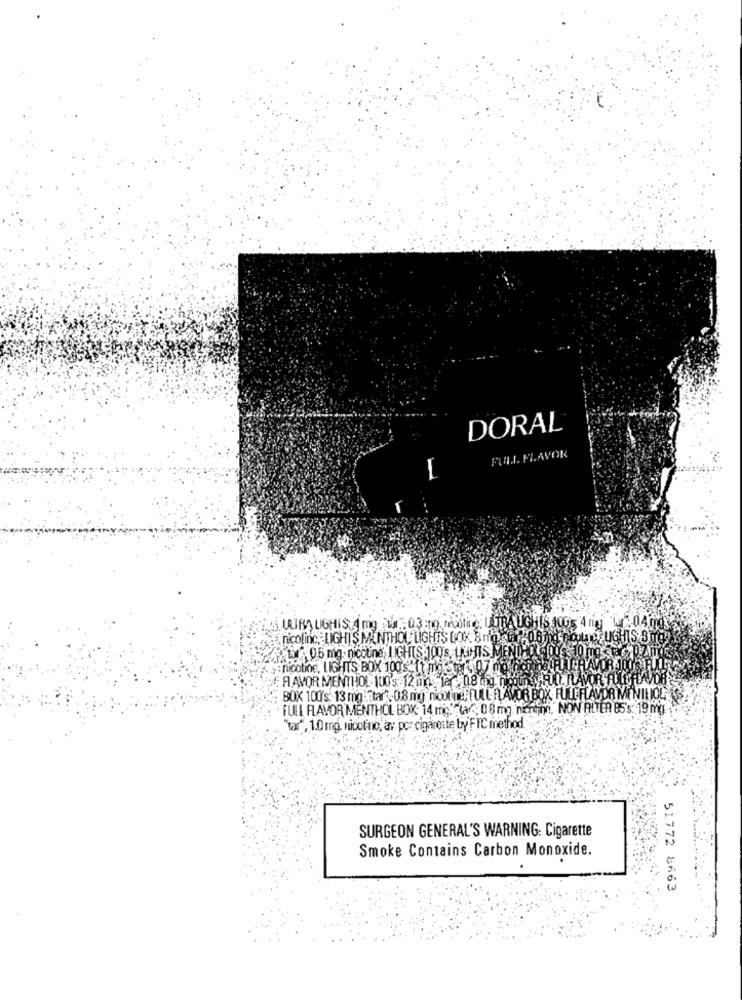
DORAL
FULL FLAVOR
SULIRA LIGHIS J mg 1 .. 03 :To mailing; ULTRA UGHIS 1005 4 nig war" 04 mg
nicolinc, LIGHIS MONTHOF LIGHTS GOK 8 ng star, 06ing noother UGHTS Sto
yt 0.6 mig. nicotine, LIGHTS 100's, LIGHTS MENTHOLSO
sinicotine, LIGHTS BOX 100's."( t mg. tar. 07 me na
.RAVOR 100'S
: FAVOR MENTHOL 100's: 12 0. 12 0.8 mg. ficotheyRILI, FLAVOR FULLTFLAVOR
.BOK 100's: 13 mg: tar". 0.8 mi nicotine) [ ULL FLAVOR BOX FULLFLAVOR MENILIOL
FULL FLAVOR MENTHOL BOX: 14 mo. tar, 00 mg ninin, NON FILTER 85's. 19 mg .
"tar", 1.0 mg. nicotine, av por cigarette by FTC method
SURGEON GENERAL'S WARNING: Cigarette
Smoke Contains Carbon Monoxide.
51772 8663